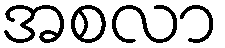
အစလာ